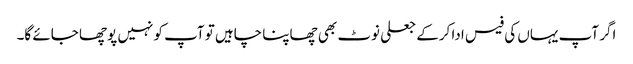
اگر آپ یہاں کی فیس ادا کرکے جعلی نوٹ بھی چھاپنا چاہیں تو آپ کو نہیں پوچھا جائے گا۔